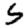
Digit: 5